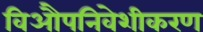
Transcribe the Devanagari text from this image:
विऔपनिवेशीकरण